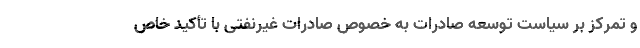
و تمرکز بر سیاست توسعه صادرات به خصوص صادرات غیرنفتی با تأکید خاص